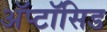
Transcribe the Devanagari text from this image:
अॅप्टॉसिड